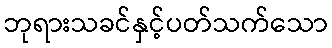
ဘုရားသခင်နှင့်ပတ်သက်သော